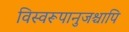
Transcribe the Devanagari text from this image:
विस्वरूपानुजश्चापि